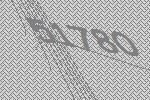
51780